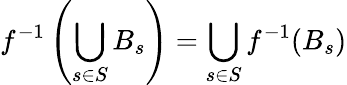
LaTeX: f^{-1}\left(\bigcup_{s\in S}B_{s}\right)=\bigcup_{s\in S}f^{-1}(B_{s})